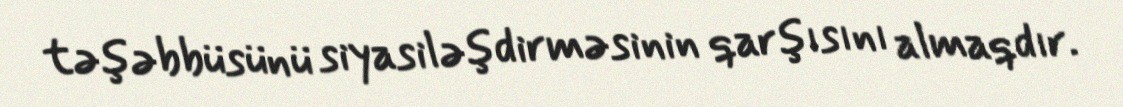
təşəbbüsünü siyasiləşdirməsinin qarşısını almaqdır.